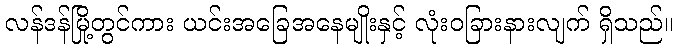
လန်ဒန်မြို့တွင်ကား ယင်းအခြေအနေမျိုးနှင့် လုံးဝခြားနားလျက် ရှိသည်။